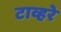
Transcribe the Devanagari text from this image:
टाव्हरे